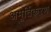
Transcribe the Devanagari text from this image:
अमूर्तिकरण